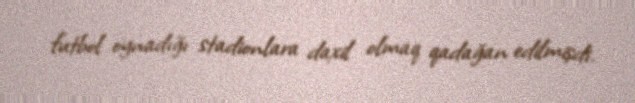
futbol oynadığı stadionlara daxil olmaq qadağan edilmişdi.